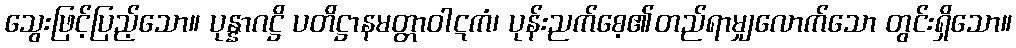
သွေးဖြင့်ပြည့်သော။ ပုန္နာဂဋ္ဌိ ပတိဋ္ဌာနမတ္တာဝါဋကံ၊ ပုန်းညက်စေ့၏တည်ရာမျှလောက်သော တွင်းရှိသော။